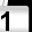
Digit: 1